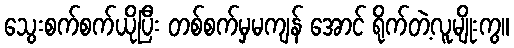
သွေးစက်စက်ယိုပြီး တစ်စက်မှမကျန် အောင် ရိုက်တဲ့လူမျိုးကွ။